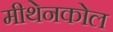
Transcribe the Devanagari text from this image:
मीथेनकोल